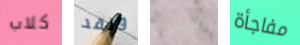
كلاب ولقد الأسى مفاجأة